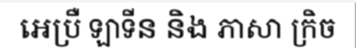
អេប្រឺ ឡាទីន និង ភាសា ក្រិច